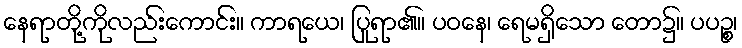
နေရာတို့ကိုလည်းကောင်း။ ကာရယေ၊ ပြုရာ၏။ ပဝနေ၊ ရေမရှိသော တော၌။ ပပဉ္စ၊